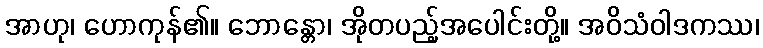
အာဟု၊ ဟောကုန်၏။ ဘောန္တော၊ အိုတပည့်အပေါင်းတို့။ အဝိသံဝါဒကဿ၊